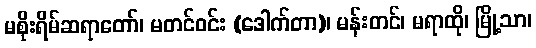
မစိုးရိမ်ဆရာတော်၊ မတင်ဝင်း (ဒေါက်တာ)၊ မန်းတင်၊ မရာထို၊ မြို့သာ၊